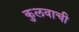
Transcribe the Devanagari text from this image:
कुलवाची